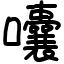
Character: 囔